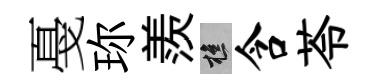
戞珎羨樵含苓